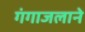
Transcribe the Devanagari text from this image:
गंगाजलाने